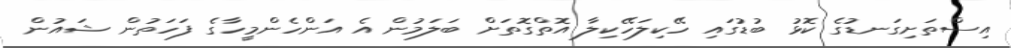
އިސްތަށިގަނޑުގެ ކޮޅު ބުޑުގައި ހޭކިލަހޭކިލާ އޮތްގޮތަށް ބަލަމުން އެ އަންހެންމީހާގެ ފަހަތުން ޝައުން